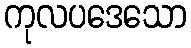
ကုလပဒေသော